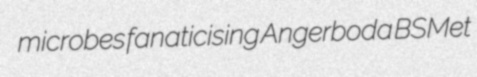
microbes fanaticising Angerboda BSMet